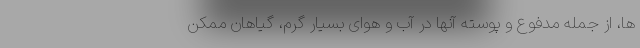
ها، از جمله مدفوع و پوسته آنها در آب و هوای بسیار گرم، گیاهان ممکن